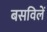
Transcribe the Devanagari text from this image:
बसविलें